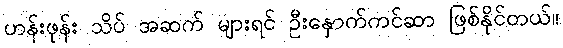
ဟန်းဖုန်း သိပ် အဆက် များရင် ဦးနှောက်ကင်ဆာ ဖြစ်နိုင်တယ်။